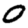
Digit: 0